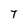
Character: T